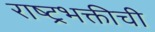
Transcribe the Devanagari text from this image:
राष्ट्रभक्तीची